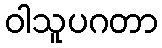
ဝါသူပဂတာ